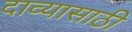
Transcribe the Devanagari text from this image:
दाव्यासाठी